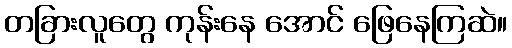
တခြားလူတွေ ကုန်းနေ အောင် ဖြေနေကြဆဲ။